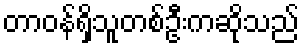
တာဝန်ရှိသူတစ်ဦးကဆိုသည်